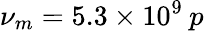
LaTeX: \nu_{m}=5.3\times 10^{9}\: p